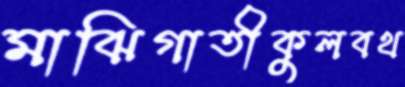
মাঝিগাতীকুলবথ